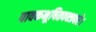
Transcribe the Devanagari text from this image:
पावकभूषितवक्त्रवरे।